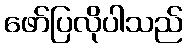
ဖော်ပြလိုပါသည်